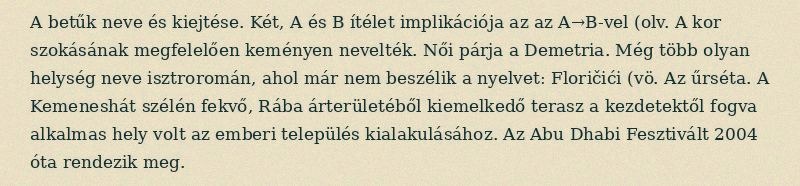
A betűk neve és kiejtése. Két, A és B ítélet implikációja az az A→B-vel (olv. A kor szokásának megfelelően keményen nevelték. Női párja a Demetria. Még több olyan helység neve isztroromán, ahol már nem beszélik a nyelvet: Floričići (vö. Az űrséta. A Kemeneshát szélén fekvő, Rába árterületéből kiemelkedő terasz a kezdetektől fogva alkalmas hely volt az emberi település kialakulásához. Az Abu Dhabi Fesztivált 2004 óta rendezik meg.